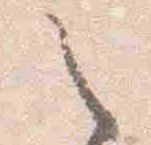
之